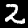
Label: 2